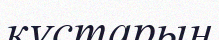
кұстарын